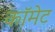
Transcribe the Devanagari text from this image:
काॅमेट